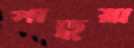
পাড়ুয়া